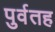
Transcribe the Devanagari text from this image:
पुर्वतह